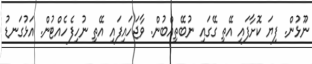
ނޫޅުން. ފިޔަ ކޮށާފައި އޭތި ގޭގައި ނުބޭތިއްބުން. ވާޖަހައިފައި އޭތި ނުހިފެހެއްޓުން. އަޅުގަނޑު